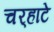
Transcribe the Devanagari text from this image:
चर्‍हाटे